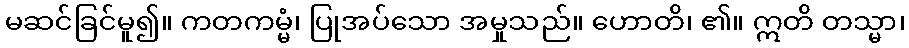
မဆင်ခြင်မူ၍။ ကတကမ္မံ၊ ပြုအပ်သော အမှုသည်။ ဟောတိ၊ ၏။ ဣတိ တသ္မာ၊